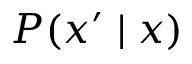
P ( x ^ { \prime } \mid x )